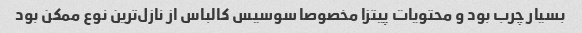
بسیار چرب بود و محتویات پیتزا مخصوصا سوسیس کالباس از نازل‌ترین نوع ممکن بود